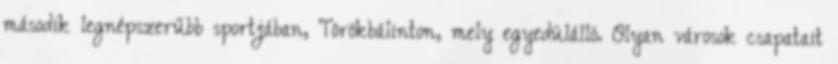
második legnépszerűbb sportjában, Törökbálinton, mely egyedülálló. Olyan városok csapatait